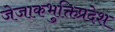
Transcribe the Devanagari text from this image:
जेजाकभुक्तिप्रदेश